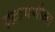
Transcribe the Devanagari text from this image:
इंद्रायणीला